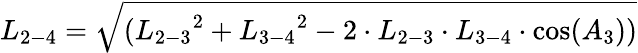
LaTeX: {L_{2-4}}=\sqrt{({L_{2-3}}^{2}+{L_{3-4}}^{2}-2\cdot{L_{2-3}}\cdot{L_{3-4}}\cdot\cos({A_{3}}))}